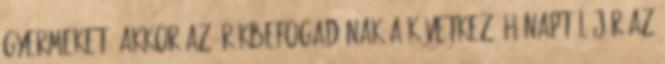
gyermeket, akkor az örökbefogadónak a következő hónaptól jár az